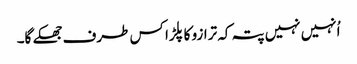
اُنہیں نہیں پتہ کہ ترازو کا پلڑا کس طرف جھکے گا۔